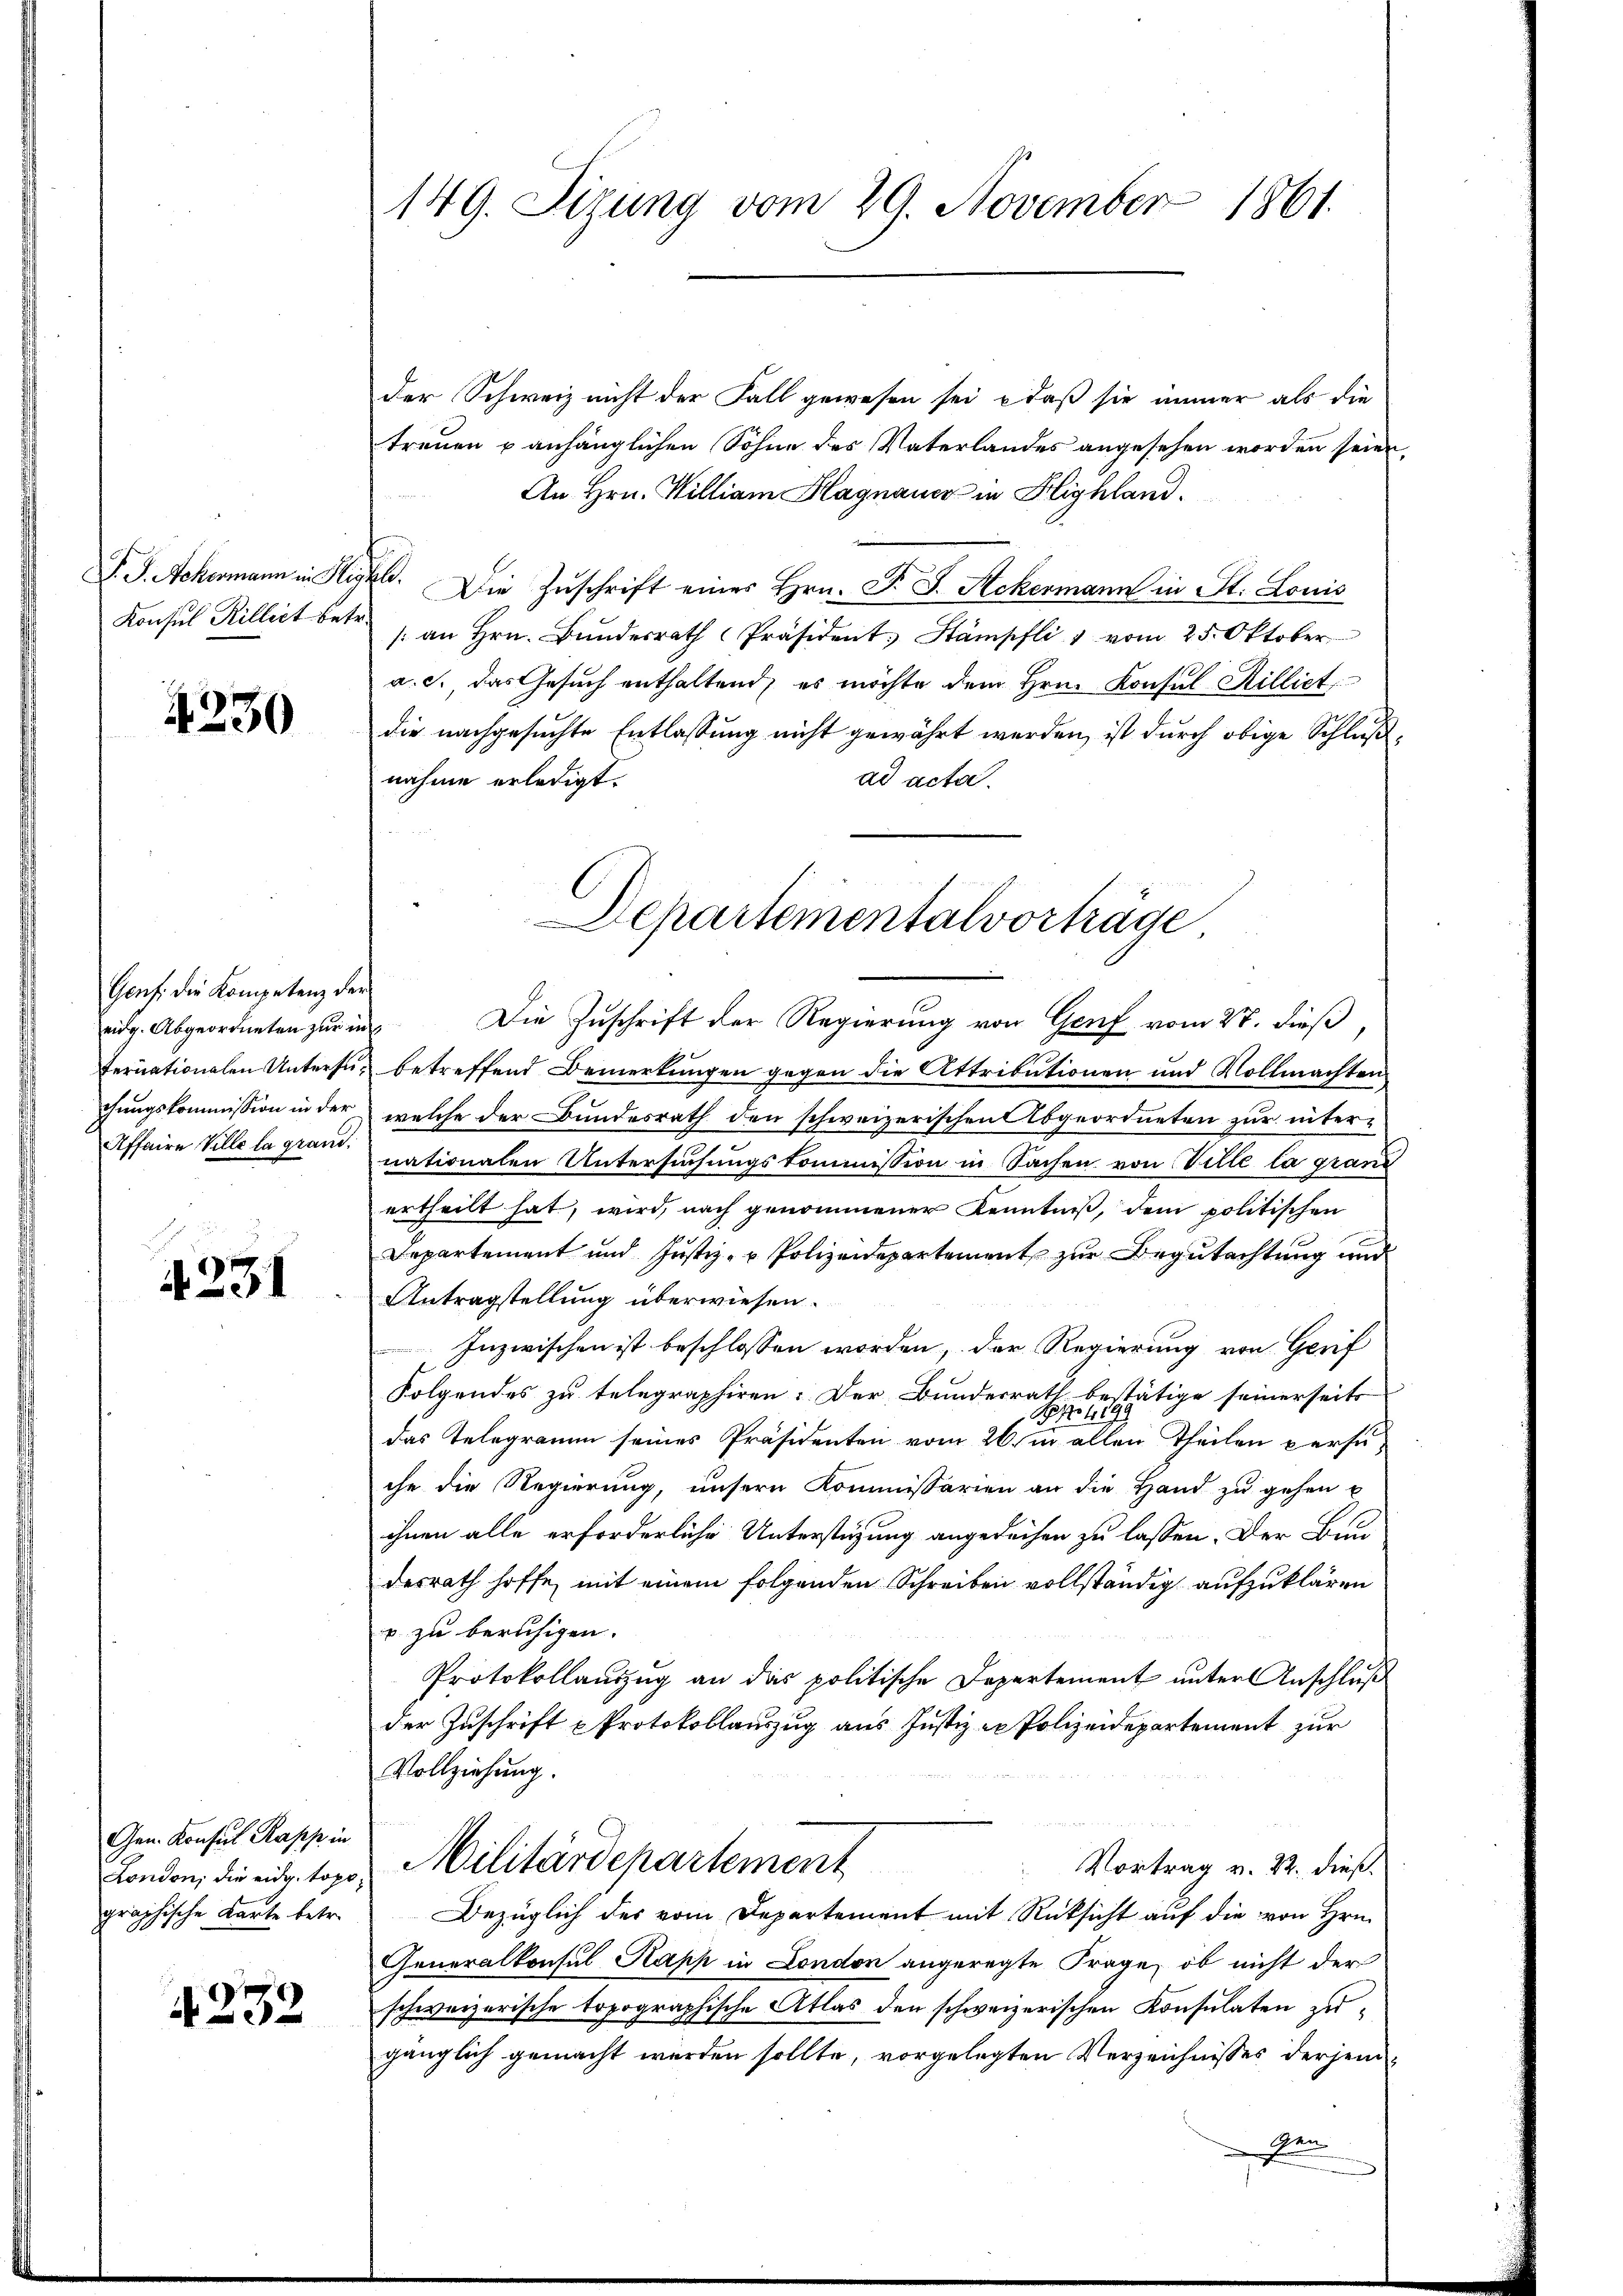
Konsul Rillict betr.

4230

Genf die Kompetenz der
eidg. Abgeordneten zur in
chungskommission in der

4231

Gen. Konsul Kapp in
graphische Karte betr.

4232

der Schweiz nicht der Fall gewesen sei, daß sie immer als die
treuen u anhänglichen Söhne des Vaterlandes angesehen worden seien,
An Hrn. Milliam Hagnauer in Highland.
P. J. Ackermann in Higkle. Die Zuschrift eines Hrn. F. J. Ackermann in St. Louis
/ an Hrn. Bŭndesrath Präsident. Stämpfli & vom 25. Oktober
a. c., das Gesuch enthaltend, es möchte dem Hrn. Konsul Rilliet
die nachgesuchte Entlassung nicht gewährt werden, ist durch obige Schlußnahme erledigt.
ad acta.
fernationalen Untersus betreffend Bemerkungen gegen die Attributionen und Vollmachten
welche der Bundesrath den schweizerischen Abgeordneten zur inter¬
Affaire Ville la gium nationalen Untersuchungskommission in Sachen von Ville la grand
ertheilt hat, wird, nach genommener Kenntniß, dem politischen
Departement und Jŭstiz- u Polizeidepartement zur Begutachtung und
Antragstellung überwiesen.
Inzwischen ist beschlossen worden, der Regierung von Gerif
Folgendes zu telegraphiren. Der Bundesrath bestätige seinerseits
B 49
das Telegramm seines Präsidenten vom 26. in allen Theilen persuche die Regierung, unsern Kommissarien an die Hand zu gehen u
ihnen alle erforderliche Unterstüzung angerechen zu lassen. Der Bun
desrath hoffe, mit einem folgenden Schreiben vollständig aufzuklären
u zu beruhigen.
Protokollauszug an das politische Departement unter Anschluß
der Zuschrift u Protokollauszug aus Justiz er Polizeidepartement zur
Vollziehung.
Vortrag v. 22. dieß¬
London, die eidg. topo Militärdepartement
Bezüglich des vom Departement mit Rücksicht auf die von Hrn.
Generalkonsul Kapp in London angeregte Frage, ob nicht der
schweizerische topographische Atlas den schweizerischen Konsulaten zugänglich gemacht werden sollte, vorgelegten Verzeichnisses derjenie

149. Sizung vom 29. November 1861.

Departementalvorträge
Die Zuschrift der Regierung von Genf vom 27. dieß,